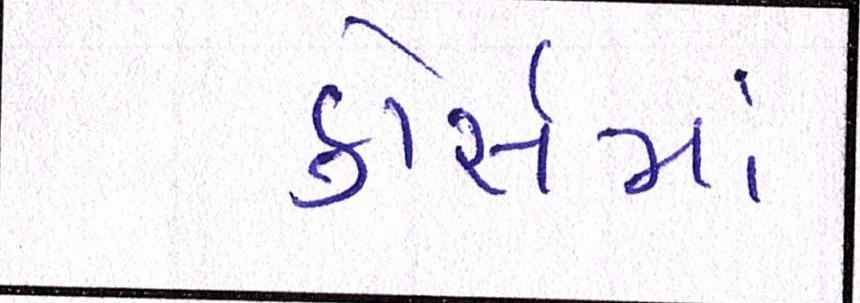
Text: કોસૅમાં